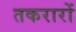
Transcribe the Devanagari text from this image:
तकरारों